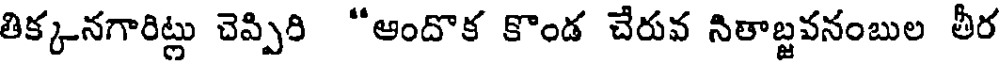
తిక్కనగారిట్లు చెప్పిరి "ఆందొక కొండ చేరువ నితాబ్జవనంబుల తీర